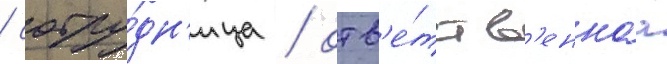
/ сотру́дн'ица / отв'е́тств'еннаа